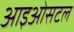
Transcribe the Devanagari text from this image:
आइओसटल